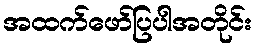
အထက်ဖော်ပြပါအတိုင်း